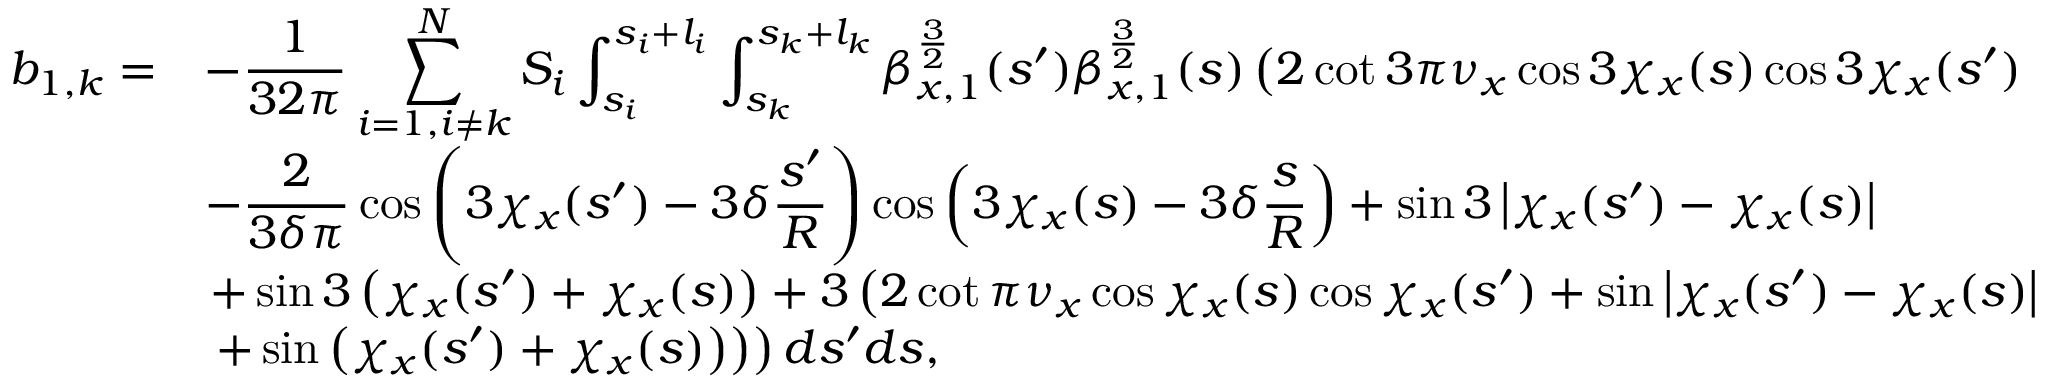
\begin{array} { c l } { \displaystyle b _ { 1 , k } = } & { \displaystyle - \frac { 1 } { 3 2 \pi } \sum _ { i = 1 , i \neq k } ^ { N } { S _ { i } \int _ { s _ { i } } ^ { s _ { i } + l _ { i } } \int _ { s _ { k } } ^ { s _ { k } + l _ { k } } { \beta _ { x , 1 } ^ { \frac { 3 } { 2 } } ( s ^ { \prime } ) \beta _ { x , 1 } ^ { \frac { 3 } { 2 } } ( s ) \left( 2 \cot { 3 \pi \nu _ { x } } \cos { 3 \chi _ { x } ( s ) } \cos { 3 \chi _ { x } ( s ^ { \prime } ) } \right. } } } \\ & { \displaystyle - \frac { 2 } { 3 \delta \pi } \cos { \left( 3 \chi _ { x } ( s ^ { \prime } ) - 3 \delta \frac { s ^ { \prime } } { R } \right) } \cos { \left( 3 \chi _ { x } ( s ) - 3 \delta \frac { s } { R } \right) } + \sin { 3 \left| \chi _ { x } ( s ^ { \prime } ) - \chi _ { x } ( s ) \right| } } \\ & { \left. + \sin { 3 \left( \chi _ { x } ( s ^ { \prime } ) + \chi _ { x } ( s ) \right) } + 3 \left( 2 \cot { \pi \nu _ { x } } \cos { \chi _ { x } ( s ) } \cos { \chi _ { x } ( s ^ { \prime } ) } + \sin { \left| \chi _ { x } ( s ^ { \prime } ) - \chi _ { x } ( s ) \right| } \right. \right. } \\ & { \left. \left. + \sin { \left( \chi _ { x } ( s ^ { \prime } ) + \chi _ { x } ( s ) \right) } \right) \right) d s ^ { \prime } d s , } \end{array}